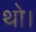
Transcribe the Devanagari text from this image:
थाे।